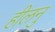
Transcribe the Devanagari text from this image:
हीलनु